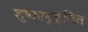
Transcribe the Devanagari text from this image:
शु्ष्कानुकूलित